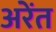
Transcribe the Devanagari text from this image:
अरेंत